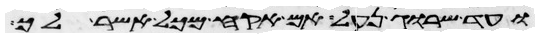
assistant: ועד שרוג נעל אם אקח מכל אשר לך